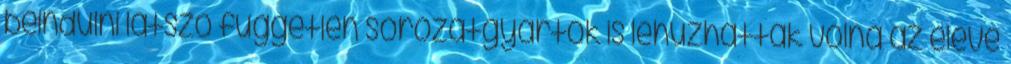
beindulni látszó független sorozatgyártók is lehúzhatták volna az eleve